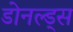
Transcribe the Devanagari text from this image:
डोनल्ड्स